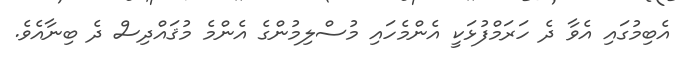
އެބިމުގައި އެވާ ދެ ހަރަމްފުޅަކީ އެންމެހައި މުސްލިމުންގެ އެންމެ މުޤައްދިސް ދެ ބިނާއެވެ.